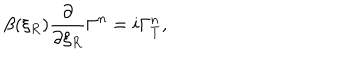
LaTeX: \beta ( \xi _ { R } ) { \frac { \partial } { \partial \xi _ { R } } } \Gamma ^ { n } = i \Gamma _ { T } ^ { n } ,